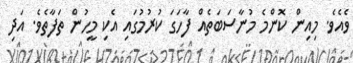
ވެއެވެ. މިއިން ކޮންމެ މުނާސަބަތެއް ފާހަގަ ކުރުމުގައި އެކި މީހުން ތަފާތެވެ. އަދި